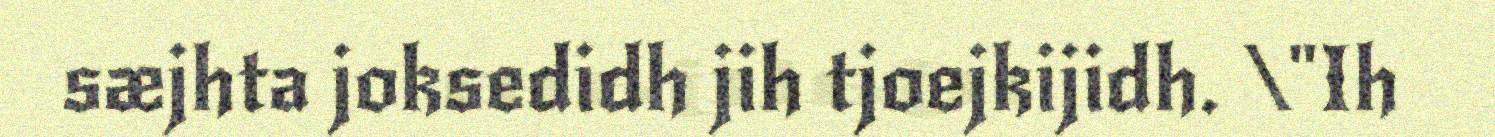
sæjhta joksedidh jih tjoejkijidh. \"Ih